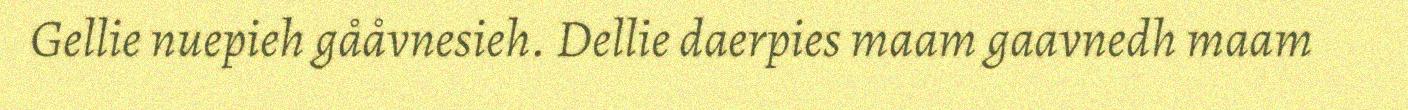
Gellie nuepieh gååvnesieh. Dellie daerpies maam gaavnedh maam